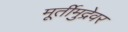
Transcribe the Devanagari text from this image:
मूर्तीमुद्रेवर